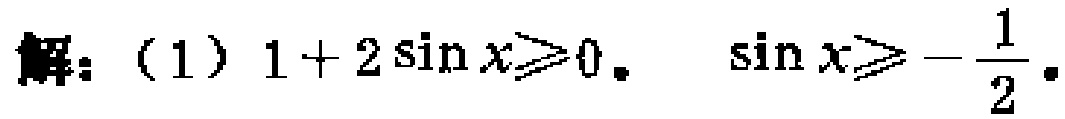
解：（1）\(1 + 2\sin x\geqslant0\).  \(\sin x\geqslant -\frac{1}{2}\).